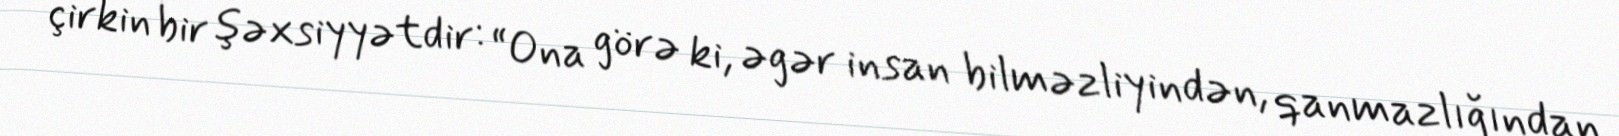
çirkin bir şəxsiyyətdir: “Ona görə ki, əgər insan bilməzliyindən, qanmazlığından